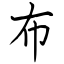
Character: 布